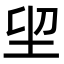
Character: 𡊂